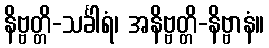
နိဗ္ဗတ္တိ-သင်္ခါရံ၊ အနိဗ္ဗတ္တိ-နိဗ္ဗာနံ။